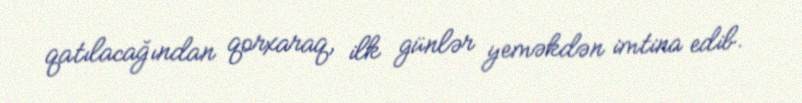
qatılacağından qorxaraq, ilk günlər yeməkdən imtina edib.